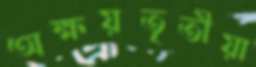
অক্ষয়তৃতীয়া